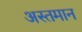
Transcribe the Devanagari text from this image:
अस्तमान